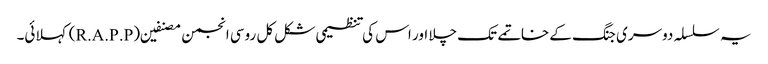
یہ سلسلہ دوسری جنگ کے خاتمے تک چلا اور اس کی تنظیمی شکل کل روسی انجمن مصنفین (R.A.P.P) کہلائی۔